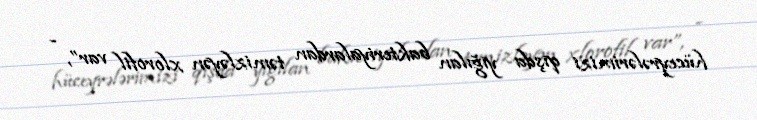
hüceyrələrimizi qışda yığılan bakteriyalardan təmizləyən xlorofil var”, -